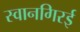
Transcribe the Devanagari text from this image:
स्वानगिरई